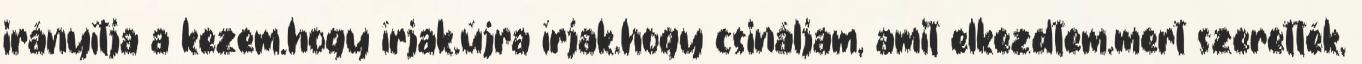
irányítja a kezem.hogy írjak.újra írjak.hogy csináljam, amit elkezdtem.mert szerették,